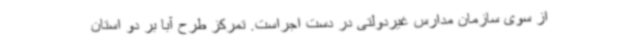
از سوی سازمان مدارس غیردولتی در دست اجراست. تمرکز طرح آبا بر دو استان